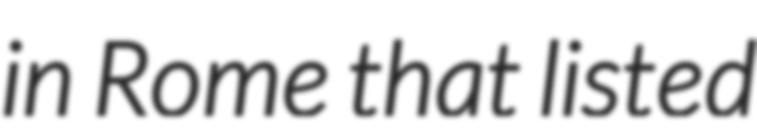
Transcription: in Rome that listed